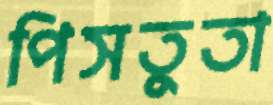
পিসতুতা